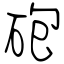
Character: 砲